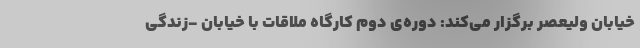
خیابان ولیعصر برگزار می‌کند: دوره‌ی دوم کارگاه ملاقات با خیابان -زندگی